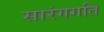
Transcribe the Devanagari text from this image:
सारंगगति